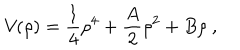
{ \cal V } ( \rho ) = { \frac { 1 } { 4 } } \rho ^ { 4 } + { \frac { A } { 2 } } \rho ^ { 2 } + B \rho \ ,